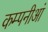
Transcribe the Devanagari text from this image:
कम्पनीआं